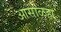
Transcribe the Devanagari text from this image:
आसाळहो